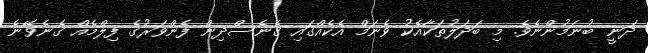
ދަނީ ބުނަމުންނެވެ. މި ބަދަލުތަކާއެކު ވެނަމް އެކެއްގައި ގެނެސްދިން ފެންވަރުގެ ފިލްމެއް ގެނެވޭނެ